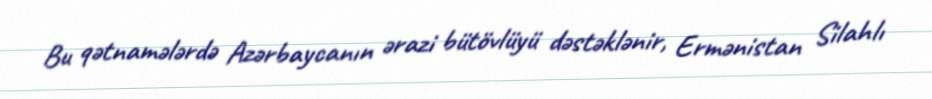
Bu qətnamələrdə Azərbaycanın ərazi bütövlüyü dəstəklənir, Ermənistan Silahlı